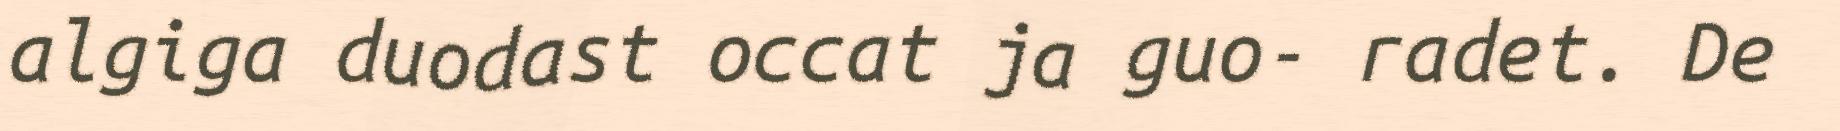
algiga duodast occat ja guo- radet. De